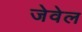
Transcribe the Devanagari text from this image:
जेवेल